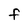
Character: f